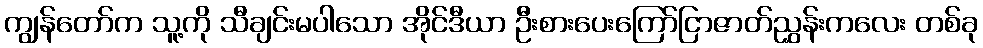
ကျွန်တော်က သူ့ကို သီချင်းမပါသော အိုင်ဒီယာ ဦးစားပေးကြော်ငြာဇာတ်ညွှန်းကလေး တစ်ခု